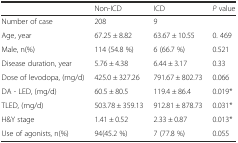
<table><thead><tr><td></td><td><b>Non-ICD</b></td><td><b>ICD</b></td><td><b><i>P</i> value</b></td></tr></thead><tbody><tr><td>Number of case</td><td>208</td><td>9</td><td></td></tr><tr><td>Age, year</td><td>67.25 ± 8.82</td><td>63.67 ± 10.55</td><td>0. 469</td></tr><tr><td>Male, n(%)</td><td>114 (54.8 %)</td><td>6 (66.7 %)</td><td>0.521</td></tr><tr><td>Disease duration, year</td><td>5.76 ± 4.38</td><td>6.44 ± 3.17</td><td>0.33</td></tr><tr><td>Dose of levodopa, (mg/d)</td><td>425.0 ± 327.26</td><td>791.67 ± 802.73</td><td>0.066</td></tr><tr><td>DA - LED, (mg/d)</td><td>60.5 ± 80.5</td><td>119.4 ± 86.4</td><td>0.019*</td></tr><tr><td>TLED, (mg/d)</td><td>503.78 ± 359.13</td><td>912.81 ± 878.73</td><td>0.031*</td></tr><tr><td>H&amp;Y stage</td><td>1.41 ± 0.52</td><td>2.33 ± 0.87</td><td>0.013*</td></tr><tr><td>Use of agonists, n(%)</td><td>94(45.2 %)</td><td>7 (77.8 %)</td><td>0.055</td></tr></tbody></table>